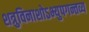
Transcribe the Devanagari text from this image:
शत्रुविनाशोऽभ्युपगन्तव्य